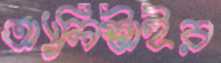
অ্যালিস্টাইর